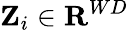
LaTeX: \mathbf{Z}_{i}\in\mathbf{R}^{WD}